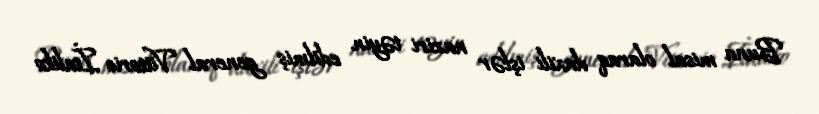
Buna misal olaraq daxili işlər naziri təyin edilmiş general Vittorio İtaliko